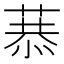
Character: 𦷧